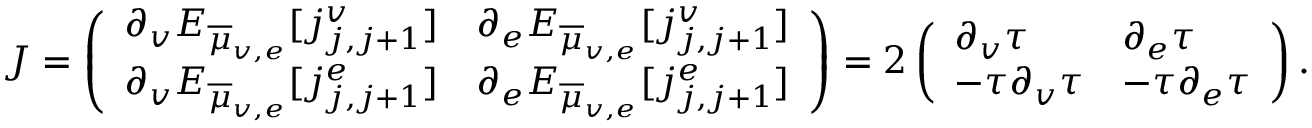
J = \left( \begin{array} { l l } { \partial _ { v } E _ { \overline { { \mu } } _ { v , e } } [ j _ { j , j + 1 } ^ { v } ] } & { \partial _ { e } E _ { \overline { { \mu } } _ { v , e } } [ j _ { j , j + 1 } ^ { v } ] } \\ { \partial _ { v } E _ { \overline { { \mu } } _ { v , e } } [ j _ { j , j + 1 } ^ { e } ] } & { \partial _ { e } E _ { \overline { { \mu } } _ { v , e } } [ j _ { j , j + 1 } ^ { e } ] } \end{array} \right) = 2 \left( \begin{array} { l l } { \partial _ { v } \tau } & { \partial _ { e } \tau } \\ { - \tau \partial _ { v } \tau } & { - \tau \partial _ { e } \tau } \end{array} \right) .